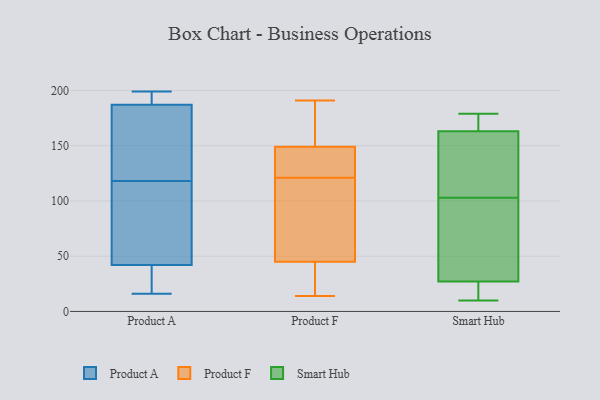
{"axis": {"x": "Inventory Turnover", "y": "Value"}, "legend": ["Product A", "Product F", "Smart Hub"], "data": [{"x": "", "y": 59, "type": "Product A"}, {"x": "", "y": 118, "type": "Product A"}, {"x": "", "y": 192, "type": "Product A"}, {"x": "", "y": 171, "type": "Product A"}, {"x": "", "y": 187, "type": "Product A"}, {"x": "", "y": 199, "type": "Product A"}, {"x": "", "y": 29, "type": "Product A"}, {"x": "", "y": 42, "type": "Product A"}, {"x": "", "y": 118, "type": "Product A"}, {"x": "", "y": 16, "type": "Product A"}, {"x": "", "y": 191, "type": "Product F"}, {"x": "", "y": 22, "type": "Product F"}, {"x": "", "y": 74, "type": "Product F"}, {"x": "", "y": 149, "type": "Product F"}, {"x": "", "y": 14, "type": "Product F"}, {"x": "", "y": 30, "type": "Product F"}, {"x": "", "y": 139, "type": "Product F"}, {"x": "", "y": 124, "type": "Product F"}, {"x": "", "y": 172, "type": "Product F"}, {"x": "", "y": 137, "type": "Product F"}, {"x": "", "y": 41, "type": "Product F"}, {"x": "", "y": 159, "type": "Product F"}, {"x": "", "y": 118, "type": "Product F"}, {"x": "", "y": 111, "type": "Product F"}, {"x": "", "y": 125, "type": "Product F"}, {"x": "", "y": 55, "type": "Product F"}, {"x": "", "y": 166, "type": "Product F"}, {"x": "", "y": 45, "type": "Product F"}, {"x": "", "y": 142, "type": "Smart Hub"}, {"x": "", "y": 11, "type": "Smart Hub"}, {"x": "", "y": 91, "type": "Smart Hub"}, {"x": "", "y": 179, "type": "Smart Hub"}, {"x": "", "y": 177, "type": "Smart Hub"}, {"x": "", "y": 45, "type": "Smart Hub"}, {"x": "", "y": 81, "type": "Smart Hub"}, {"x": "", "y": 21, "type": "Smart Hub"}, {"x": "", "y": 179, "type": "Smart Hub"}, {"x": "", "y": 10, "type": "Smart Hub"}, {"x": "", "y": 170, "type": "Smart Hub"}, {"x": "", "y": 103, "type": "Smart Hub"}, {"x": "", "y": 115, "type": "Smart Hub"}, {"x": "", "y": 17, "type": "Smart Hub"}, {"x": "", "y": 140, "type": "Smart Hub"}]}